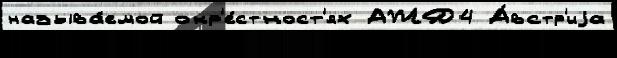
называ́емой окр'е́стност'ях АЖД4 А́встр'иjа